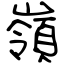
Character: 嶺